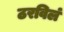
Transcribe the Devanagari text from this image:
ठरविलं